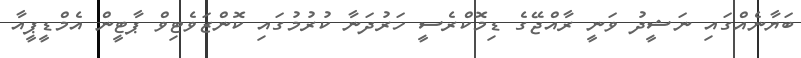
ބަޔާނެއްގައި ނަޝީދު ވަނީ ރާއްޖޭގެ ޑިމޮކްރެސީ ހަރުދަނާ ކުރުމުގައި ކޮންޒަވެޓިވް ޕާޓީން އެމްޑީޕީއާ